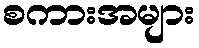
စကားအများ